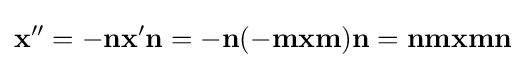
\mathbf {x} ''=-\mathbf {nx} '\mathbf {n} =-\mathbf {n} (-\mathbf {mxm} )\mathbf {n} =\mathbf {nmxmn}